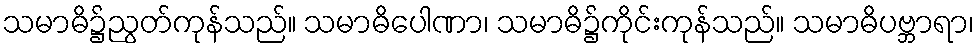
သမာဓိ၌ညွတ်ကုန်သည်။ သမာဓိပေါဏာ၊ သမာဓိ၌ကိုင်းကုန်သည်။ သမာဓိပဗ္ဘာရာ၊